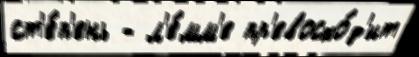
ст'е́п'ень - л'е́мм'е пр'евосхо́д'ит